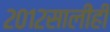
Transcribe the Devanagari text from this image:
२०१२सालीही